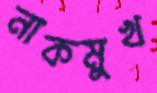
নাকমুখ